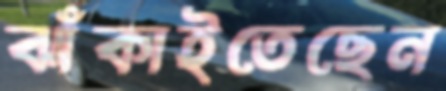
ঝাঁকাইতেছেন